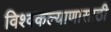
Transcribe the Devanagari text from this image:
विश्वकल्याणासाठी